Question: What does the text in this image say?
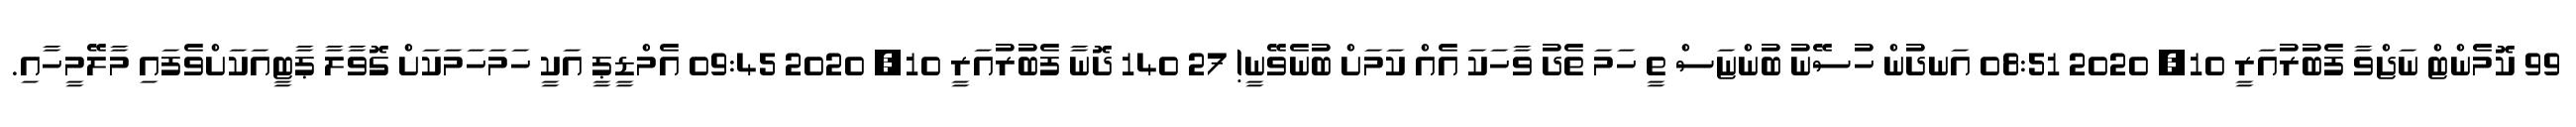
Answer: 99 ކޮމެންޓް ނަޖްވާ ފެބުރުއަރީ 10, 2020 08:51 އަނދުން ހުސޭނު ބުންޏަސް ތީ ހަމަ ތެދު ވާހަކަ އެއް ކަމަށް ބުނެވޭނީ! 27 140 ދޮނާ ފެބުރުއަރީ 10, 2020 09:45 އެމްޑީޕީ އަކީ ހަމަހަމަކަށް ގޮވާލާ ޕާޓީއަކަށްވެފައި މާލޭމީހާއި.